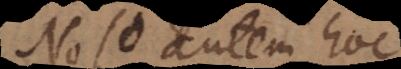
Nolo autem hoc